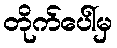
တိုက်ပေါ်မှ